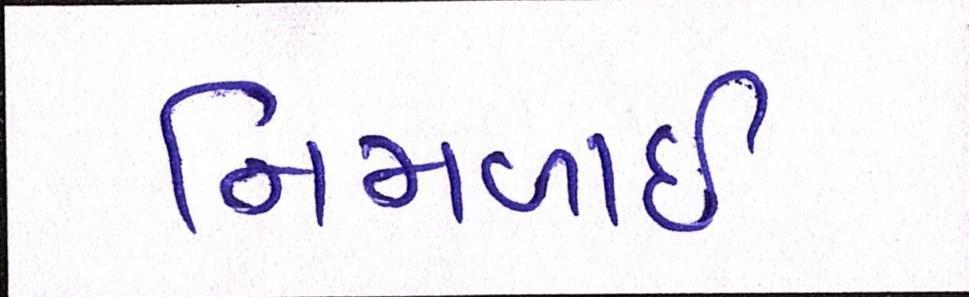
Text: નિમળાઈ